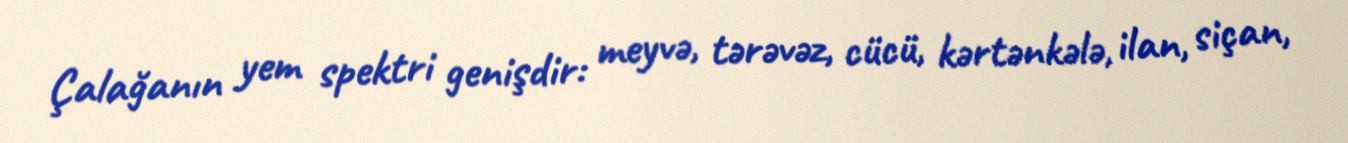
Çalağanın yem spektri genişdir: meyvə, tərəvəz, cücü, kərtənkələ, ilan, siçan,